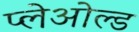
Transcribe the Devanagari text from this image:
प्लेओल्ड